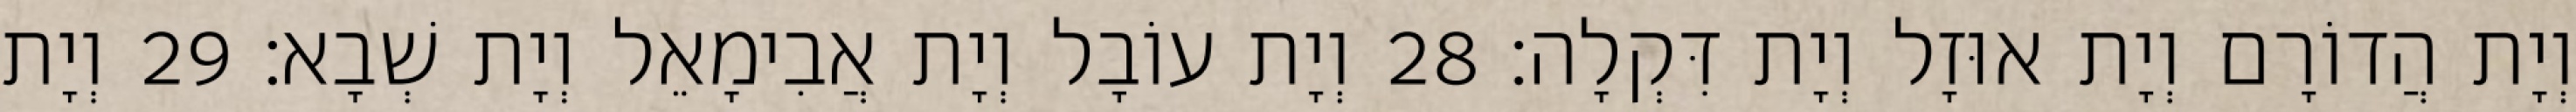
וְיָת הֲדוֹרָם וְיָת אוּזָל וְיָת דִּקְלָה׃ 28 וְיָת עוֹבָל וְיָת אֲבִימָאֵל וְיָת שְׁבָא׃ 29 וְיָת